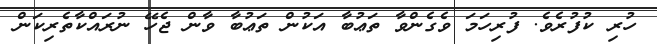
ހުރި ކުފުރެވެ. ފުރިހަމަ ވެގެންވާ ތަޢުބާ އަކުން ތަޢުބާ ވާން ޖެހޭ ނުރައްކާތެރިކަން